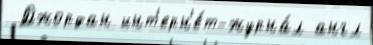
 Джордан инт'ерн'е́т-журна́л англ